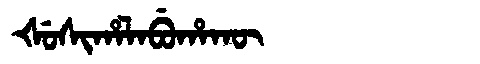
Manchu: ᡧᡠᠰᡳᡥᠠᠯᠠᠪᡠᡥᠠᡴᡡ
Romanization: ŠUSIHALABUHAKŪ